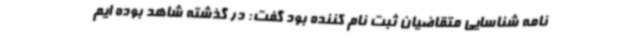
نامه شناسایی متقاضیان ثبت نام کننده بود گفت: در گذشته شاهد بوده ایم